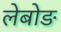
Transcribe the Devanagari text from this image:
लेबोङ